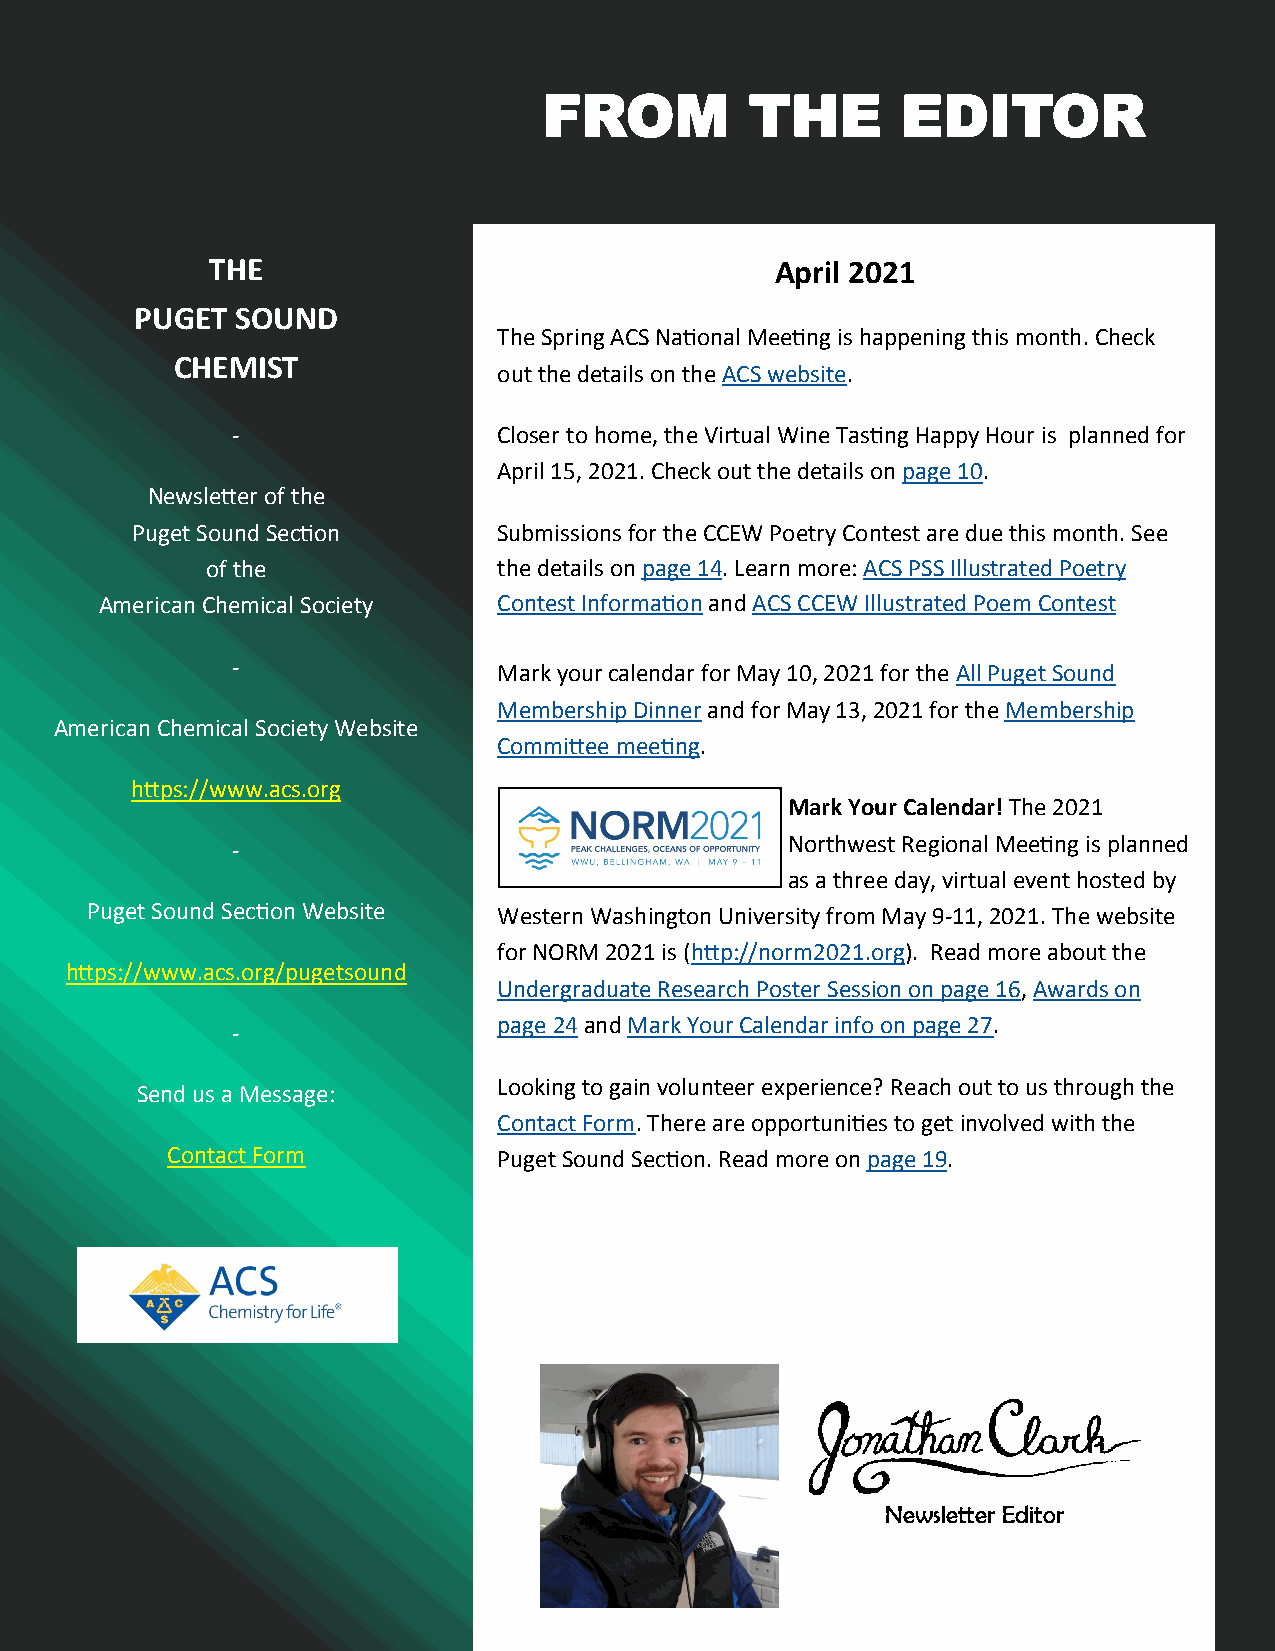
FROM          THE       EDITOR
 THE                                  April 2021
 PUGET  SOUND
 The Spring ACS National Meeting is happening this month. Check
 CHEMIST
 out the details on the ACS website.
 -                 Closer to home, the Virtual Wine Tasting Happy Hour is planned for
 April 15, 2021. Check out the details on page 10.
 Newsletter of the
 Puget Sound Section     Submissions for the CCEW Poetry Contest are due this month. See
 of the             the details on page 14. Learn more: ACS PSS Illustrated Poetry
 American Chemical Society Contest Information and ACS CCEW Illustrated Poem Contest
 -
 Mark your calendar for May 10, 2021 for the All Puget Sound
 Membership Dinner and for May 13, 2021 for the Membership
 American Chemical Society Website
 Committee meeting.
 https://www.acs.org
 Mark Your Calendar! The 2021
 -                                    Northwest Regional Meeting is planned
 as a three day, virtual event hosted by
 Puget Sound Section Website Western Washington University from May 9-11, 2021. The website
 for NORM 2021 is (http://norm2021.org). Read more about the
 https://www.acs.org/pugetsound
 Undergraduate Research Poster Session on page 16, Awards on
 page 24 and Mark Your Calendar info on page 27.
 -
 Looking to gain volunteer experience? Reach out to us through the
 Send us a Message:
 Contact Form. There are opportunities to get involved with the
 Contact Form          Puget Sound Section. Read more on page 19.
 Newsletter Editor
 WWW.ACS.ORG/PUGETSOUND        April 2021 | Vol. 82 No. 4